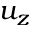
u _ { z }